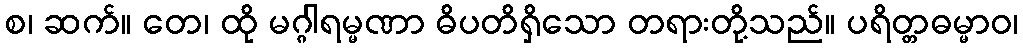
စ၊ ဆက်။ တေ၊ ထို မဂ္ဂါရမ္မဏာ ဓိပတိရှိသော တရားတို့သည်။ ပရိတ္တဓမ္မာဝ၊